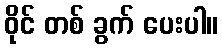
ဝိုင် တစ် ခွက် ပေးပါ။